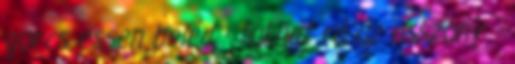
görcs essen beléd - fakadt rá az asszony. -